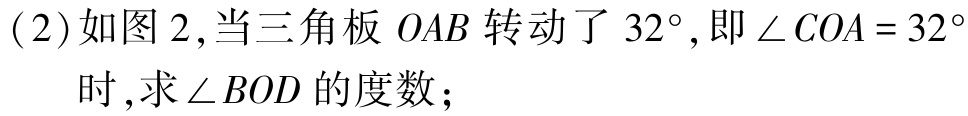
(2)如图2,当三角板\(OAB\)转动了\(32^{\circ}\),即\(\angle COA = 32^{\circ}\)时,求\(\angle BOD\)的度数；